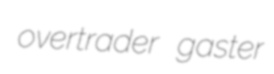
overtrader gaster